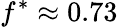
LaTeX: f^{*}\approx 0.73